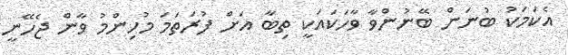
އެކަމަކު ބުނަން ބޭނުންވާ ވާހަކައަކީ ތިބާ އަށް ފުރަތަމަ މުހިންމު ވާން ޖެހޭނީ